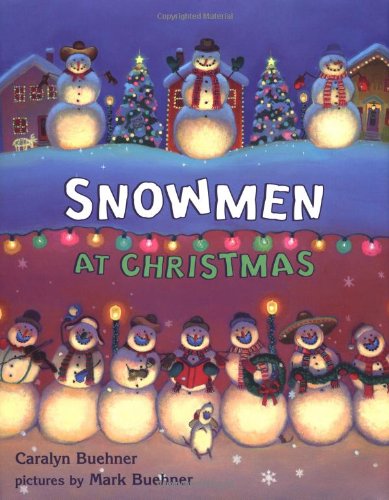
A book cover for Snowmen at Christmas; Caralyn Buehner; Children's Books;